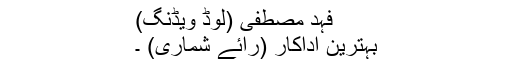
فہد مصطفیٰ (لوڈ ویڈنگ)
بہترین اداکار (رائے شماری) ۔